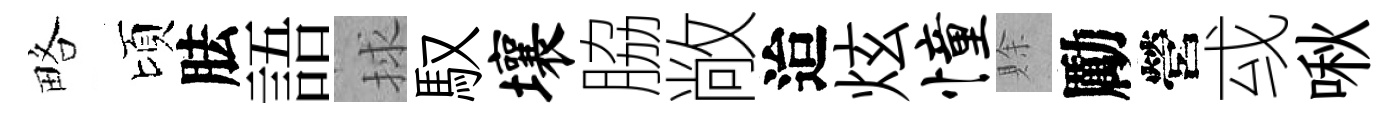
略頃胠語捄馭壤脇敞迨炫憧賖勵營㦯啾